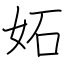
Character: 妬